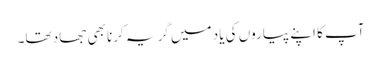
آپ کا اپنے پیاروں کی یاد میں گریہ کرنا بھی جھاد تھا۔